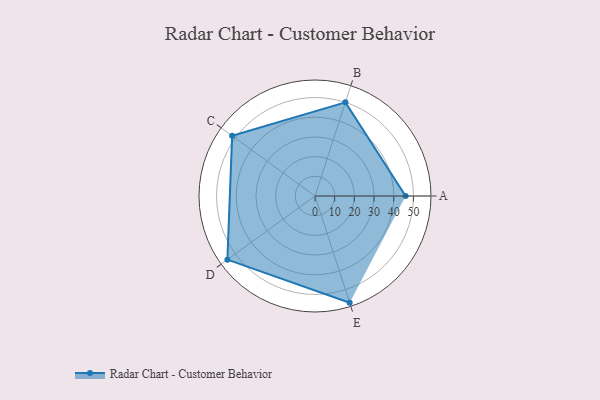
{"axis": {"x": "Skill", "y": "Score"}, "legend": ["Profile"], "data": [{"x": "A", "y": 46.0, "type": "Profile"}, {"x": "B", "y": 50.0, "type": "Profile"}, {"x": "C", "y": 52.0, "type": "Profile"}, {"x": "D", "y": 55.0, "type": "Profile"}, {"x": "E", "y": 57.0, "type": "Profile"}]}